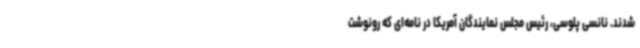
شدند. نانسی پلوسی، رئیس مجلس نمایندگان آمریکا در نامه‌ای که رونوشت